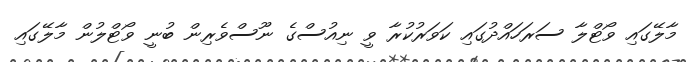
މާލޭގައި ވޯޓްލާ ސަރަހައްދުގައި ކަވަރުކުރާ ވީ ނިއުސްގެ ނޫސްވެރިން ބުނީ ވޯޓްލުން މާލޭގައި